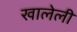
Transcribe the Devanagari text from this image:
खालेली